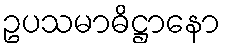
ဥပသမာဓိဋ္ဌာနော